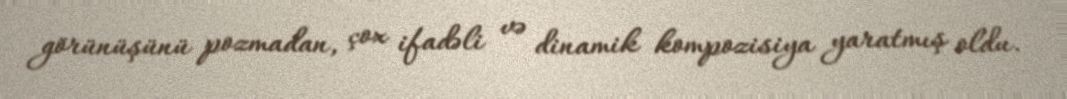
görünüşünü pozmadan, çox ifadəli və dinamik kompozisiya yaratmış oldu.